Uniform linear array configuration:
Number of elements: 24
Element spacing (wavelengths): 0.75
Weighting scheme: hann
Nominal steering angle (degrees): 60
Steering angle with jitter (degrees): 58.527
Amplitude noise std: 0.05
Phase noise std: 0.05

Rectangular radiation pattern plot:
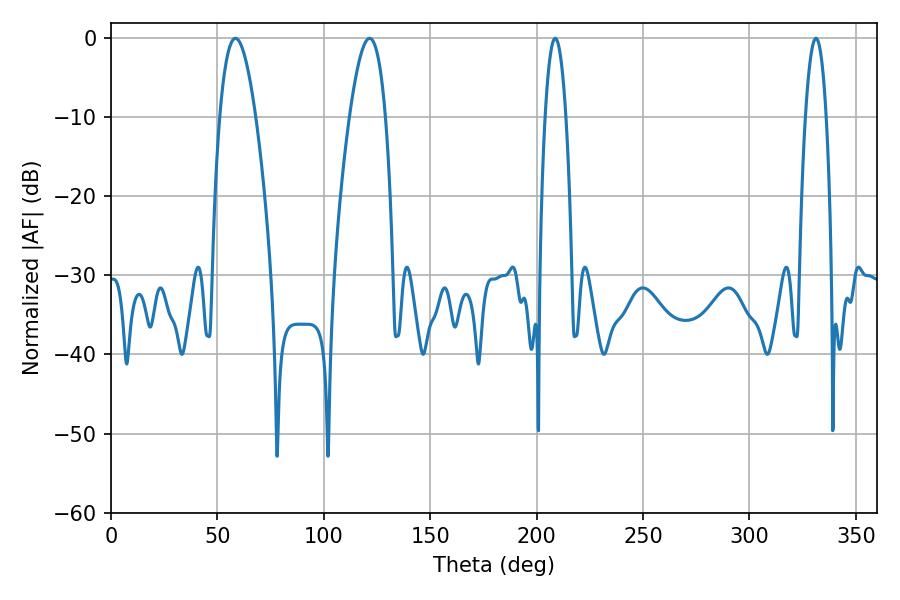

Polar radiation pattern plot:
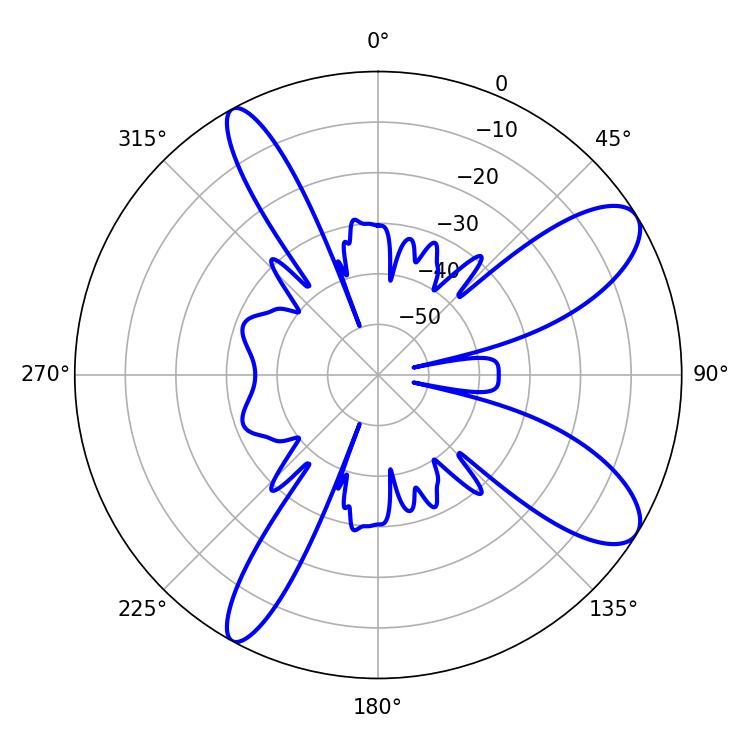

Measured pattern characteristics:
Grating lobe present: TRUE
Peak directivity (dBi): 10.004
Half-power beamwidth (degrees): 9.18
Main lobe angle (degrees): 58.5